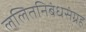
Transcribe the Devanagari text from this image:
ललितनिबंधसंग्रह